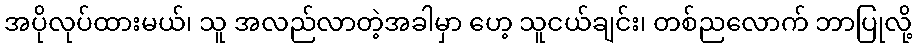
အပိုလုပ်ထားမယ်၊ သူ အလည်လာတဲ့အခါမှာ ဟေ့ သူငယ်ချင်း၊ တစ်ညလောက် ဘာပြုလို့